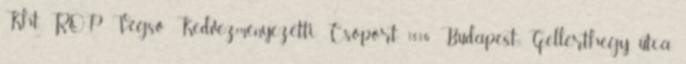
Kht. ROP Végső Kedvezményezetti Csoport, 1016 Budapest, Gellérthegy utca